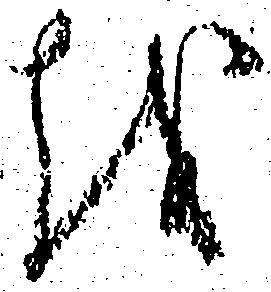
越